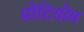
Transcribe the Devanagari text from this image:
प्रोटियोम